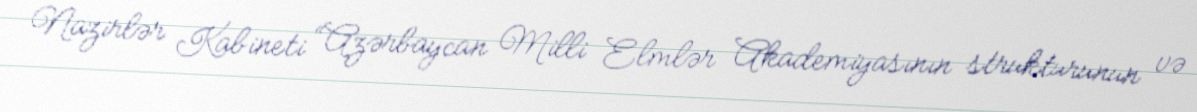
Nazirlər Kabineti “Azərbaycan Milli Elmlər Akademiyasının strukturunun və